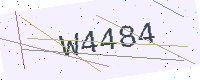
Text: W4484